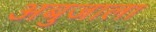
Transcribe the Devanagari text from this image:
अबुजाला